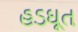
હડઘૂત